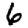
Digit: 6